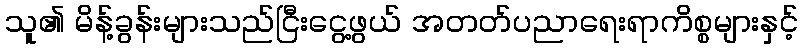
သူ၏ မိန့်ခွန်းများသည်ငြီးငွေ့ဖွယ် အတတ်ပညာရေးရာကိစ္စများနှင့်